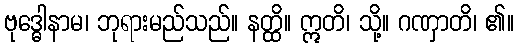
ဗုဒ္ဓေါနာမ၊ ဘုရားမည်သည်။ နတ္ထိ။ ဣတိ၊ သို့။ ဂဏှာတိ၊ ၏။